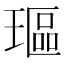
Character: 𰢋